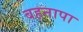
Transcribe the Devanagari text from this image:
बहनापा